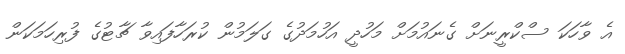
އެ ވާހަކަ ސްކްރީނަށް ގެނައުމަށް މަހުދީ އަހުމަދުގެ ގަލަމުން ކުރަހާފައިވާ ޗާޓުގެ ފުރިހަމަކަން